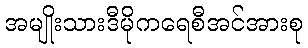
အမျိုးသားဒီမိုကရေစီအင်အားစု